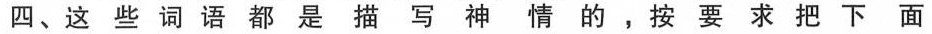
四、这些词语都是描写神情的，按要求把下面